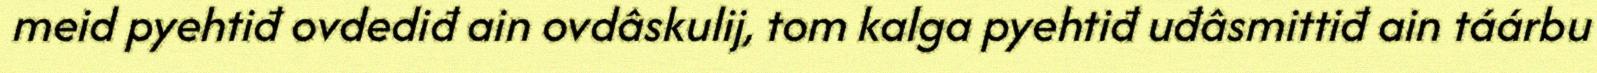
meid pyehtiđ ovdediđ ain ovdâskulij, tom kalga pyehtiđ uđâsmittiđ ain táárbu